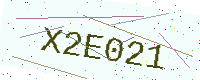
Text: X2E021